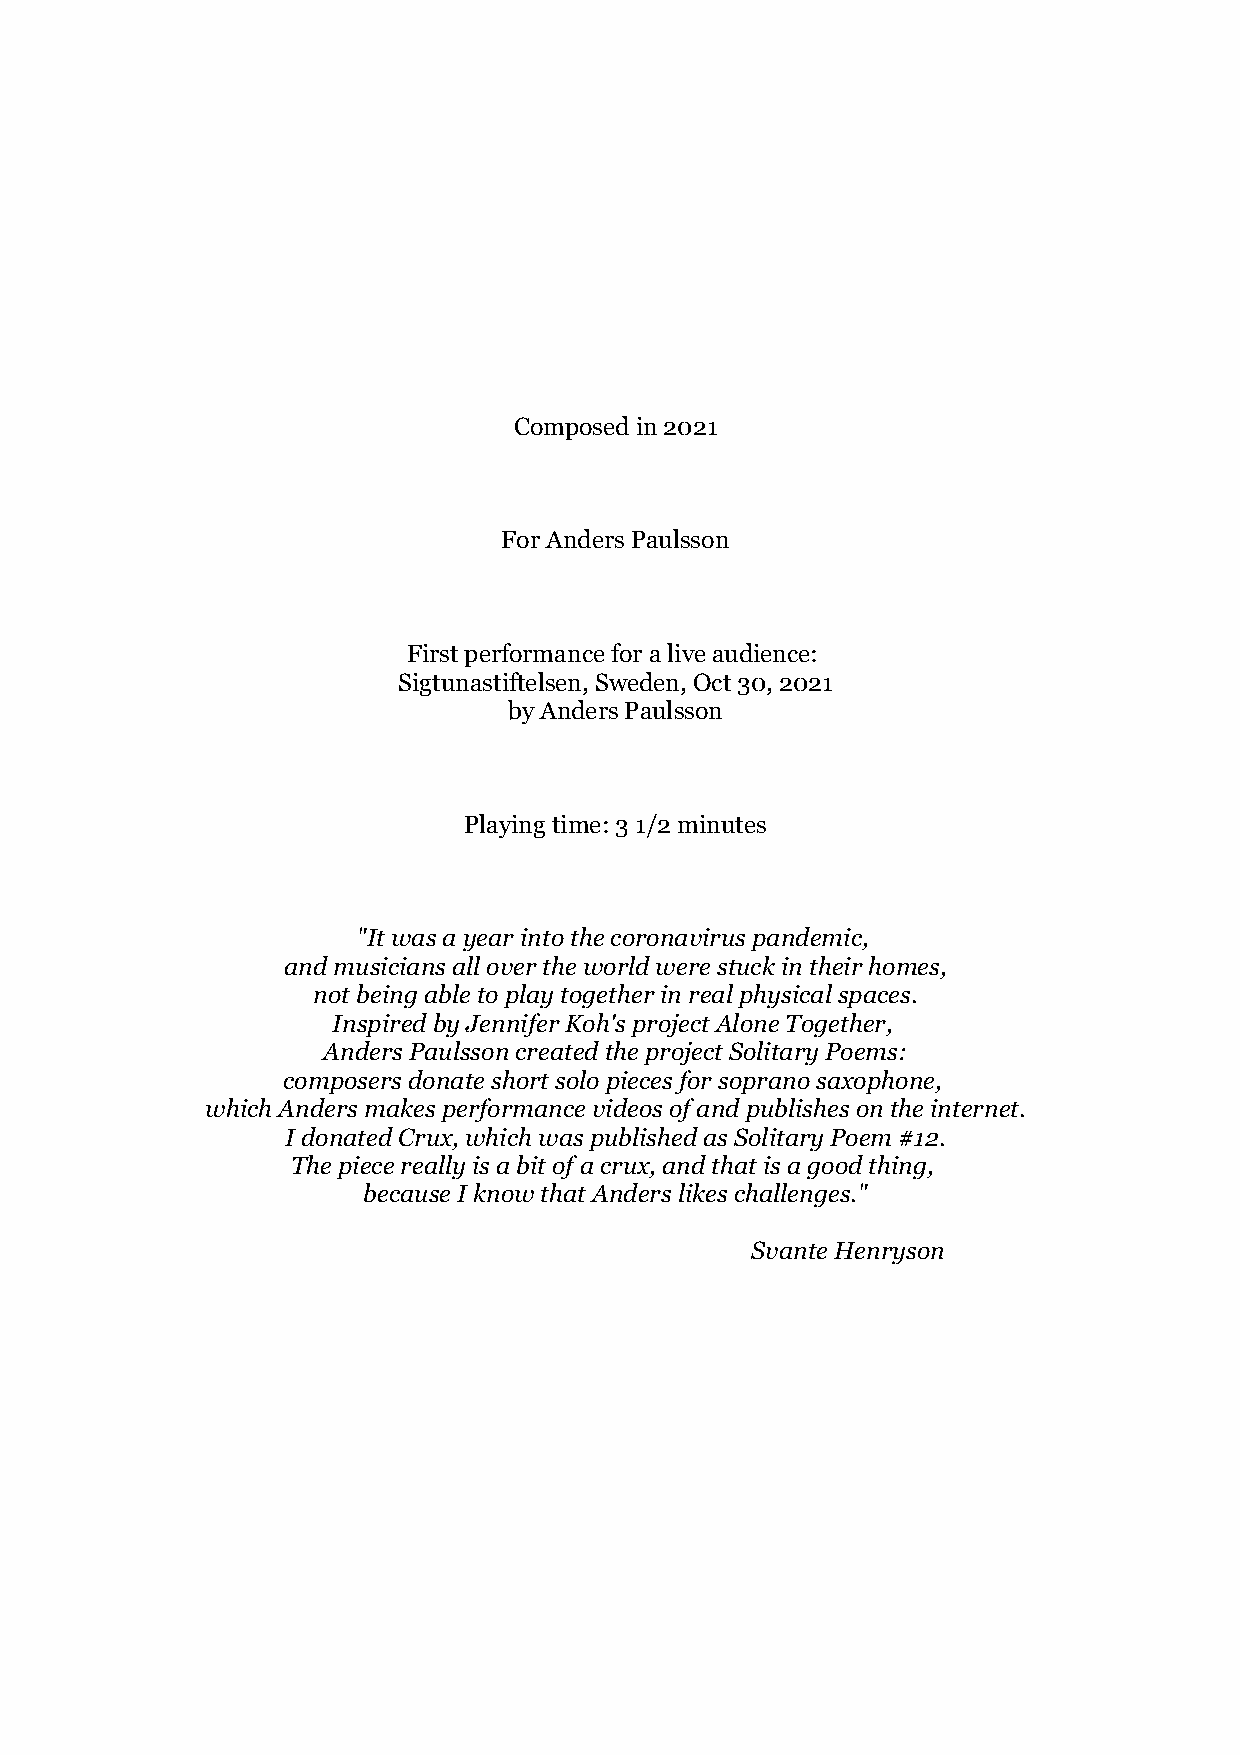
Composed in 2021
 For Anders Paulsson
 First performance for a live audience:
 Sigtunastiftelsen, Sweden, Oct 30, 2021
 by Anders Paulsson
 Playing time: 3 1/2 minutes
 "It was a year into the coronavirus pandemic,
 and musicians all over the world were stuck in their homes,
 not being able to play together in real physical spaces.
 Inspired by Jennifer Koh's project Alone Together,
 Anders Paulsson created the project Solitary Poems:
 composers donate short solo pieces for soprano saxophone,
 which Anders makes performance videos of and publishes on the internet.
 I donated Crux, which was published as Solitary Poem #12.
 The piece really is a bit of a crux, and that is a good thing,
 because I know that Anders likes challenges."
 Svante Henryson